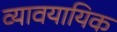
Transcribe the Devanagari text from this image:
व्‍यावयायिक